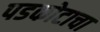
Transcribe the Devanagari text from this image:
पडकोटाचा